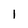
Character: 1